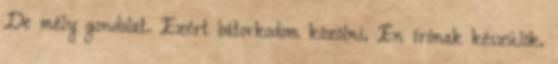
De mély gondolat. Ezért bátorkodom közölni. Én írónak készülök.